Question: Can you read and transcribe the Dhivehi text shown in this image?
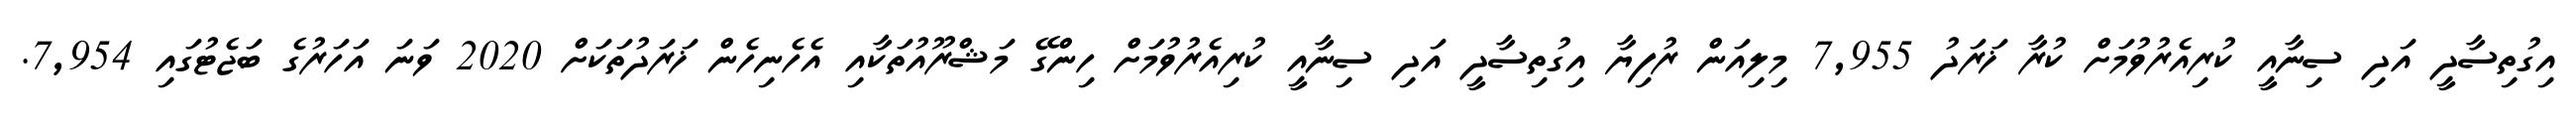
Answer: އިގުތިސާދީ އަދި ސިނާއީ ކުރިއެރުވުމަށް ކުރާ ޚަރަދު 7,955 މިލިއަން ރުފިޔާ އިގުތިސާދީ އަދި ސިނާއީ ކުރިއެރުވުމަށް ހިންގޭ މަޝްރޫއުތަކާއި އެހެނިހެން ޚަރަދުތަކަށް 2020 ވަނަ އަހަރުގެ ބަޖެޓުގައި 7,954.